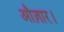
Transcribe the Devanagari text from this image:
औज़ार।